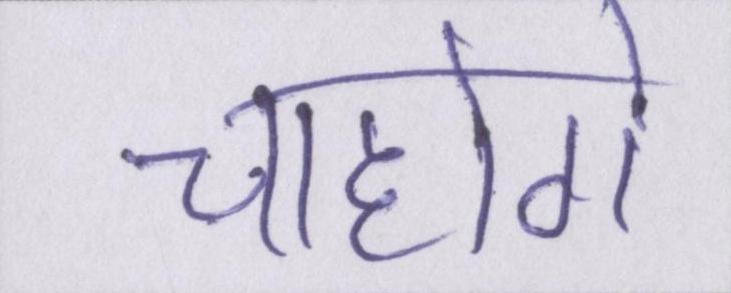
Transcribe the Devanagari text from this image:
चाहोगे